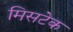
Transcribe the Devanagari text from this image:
मिसटेक